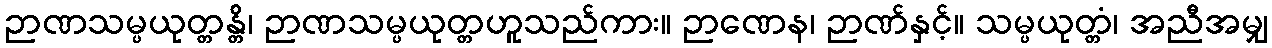
ဉာဏသမ္ပယုတ္တန္တိ၊ ဉာဏသမ္ပယုတ္တဟူသည်ကား။ ဉာဏေန၊ ဉာဏ်နှင့်။ သမ္ပယုတ္တံ၊ အညီအမျှ